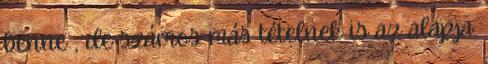
benne , de számos más tételnek is az alapja.